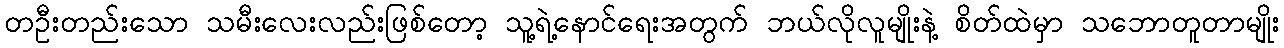
တဦးတည်းသော သမီးလေးလည်းဖြစ်တော့ သူ့ရဲ့နောင်ရေးအတွက် ဘယ်လိုလူမျိုးနဲ့ စိတ်ထဲမှာ သဘောတူတာမျိုး